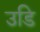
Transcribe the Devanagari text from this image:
उडि